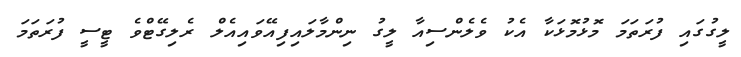
ލީގުގައި ފުރަތަމަ މޮޅުމޮޅަކާ އެކު ވެލެންސިއާ ލީގު ނިންމާލައިފިއޭވައިއެލް ރެލިގޭޓްވެ ޓީސީ ފުރަތަމަ